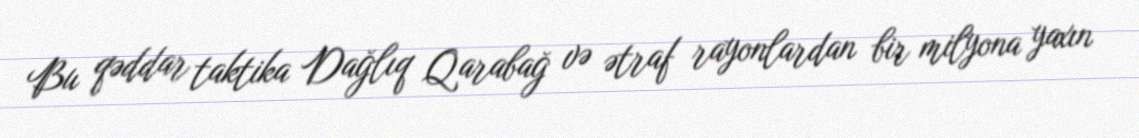
Bu qəddar taktika Dağlıq Qarabağ və ətraf rayonlardan bir milyona yaxın